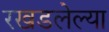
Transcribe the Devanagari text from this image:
रखडलेल्या